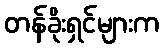
တန်ခိုးရှင်များက